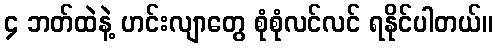
၄ ဘတ်ထဲနဲ့ ဟင်းလျာတွေ စုံစုံလင်လင် ရနိုင်ပါတယ်။